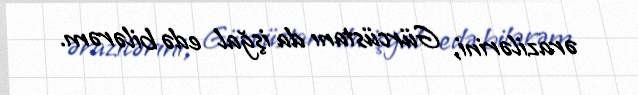
ərazilərini, Gürcüstanı da işğal edə bilərəm.